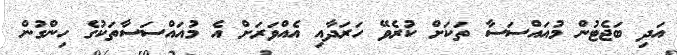
އަދި ބަޖެޓުން މުއައްސަސާ ތަކަށް ކުރެވޭ ހަރަދާއި އެއްވަރަށް އެ މުއައްސަސާތަކުގެ ހިންގުން